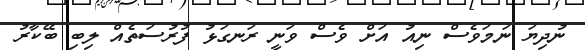
ނުދިޔަ ނަމަވެސް ނިއު އަށް ވެސް ވަނީ ރަނގަޅު ފުރުސަތެއް ލިބި ބޭކާރު